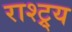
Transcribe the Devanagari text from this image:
राश्ट्र्य